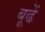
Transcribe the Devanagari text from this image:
बूढें